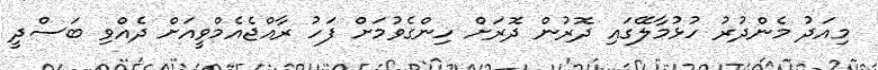
މިއަދު މެންދުރު ހުޅުމާލޭގައި ދޮރުން ދޮރަށް ހިންގެވުމަށް ފަހު ރާއްޖެއެމްވީއަށް ދެއްވި ބަސްދީ